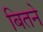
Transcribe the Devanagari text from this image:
बितने